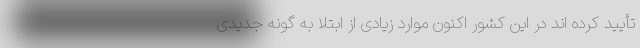
تأیید کرده اند در این کشور اکنون موارد زیادی از ابتلا به گونه جدیدی